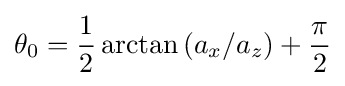
\theta _{0}={\frac {1}{2}}\arctan {(a_{x}/a_{z})}+{\frac {\pi }{2}}